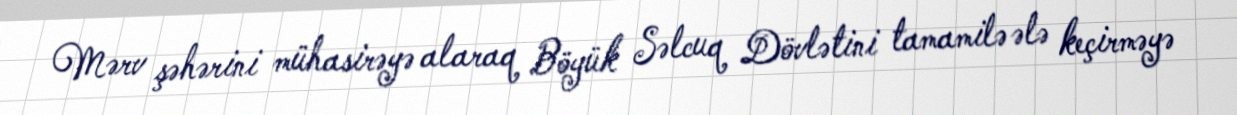
Mərv şəhərini mühasirəyə alaraq Böyük Səlcuq Dövlətini tamamilə ələ keçirməyə